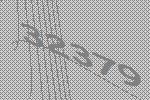
32379